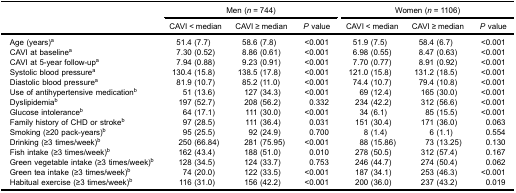
<table><thead><tr><td><b> </b></td><td colspan="3"><b>Men (<i>n</i> = 744)</b></td><td colspan="3"><b>Women (<i>n</i> = 1106)</b></td></tr><tr><td><b> </b></td><td><b>CAVI &lt; median</b></td><td><b>CAVI ≥ median</b></td><td><b><i>P</i> value</b></td><td><b>CAVI &lt; median</b></td><td><b>CAVI ≥ median</b></td><td><b><i>P</i> value</b></td></tr></thead><tbody><tr><td>Age (years)<sup>a</sup></td><td>51.4 (7.7)</td><td>58.6 (7.8)</td><td>&lt;0.001</td><td>51.9 (7.5)</td><td>58.4 (6.7)</td><td>&lt;0.001</td></tr><tr><td>CAVI at baseline<sup>a</sup></td><td>7.30 (0.52)</td><td>8.86 (0.61)</td><td>&lt;0.001</td><td>6.98 (0.55)</td><td>8.47 (0.63)</td><td>&lt;0.001</td></tr><tr><td>CAVI at 5-year follow-up<sup>a</sup></td><td>7.94 (0.88)</td><td>9.23 (0.91)</td><td>&lt;0.001</td><td>7.70 (0.77)</td><td>8.91 (0.92)</td><td>&lt;0.001</td></tr><tr><td>Systolic blood pressure<sup>a</sup></td><td>130.4 (15.8)</td><td>138.5 (17.8)</td><td>&lt;0.001</td><td>121.0 (15.8)</td><td>131.2 (18.5)</td><td>&lt;0.001</td></tr><tr><td>Diastolic blood pressure<sup>a</sup></td><td>81.9 (10.7)</td><td>85.2 (11.0)</td><td>&lt;0.001</td><td>74.4 (10.7)</td><td>79.4 (10.8)</td><td>&lt;0.001</td></tr><tr><td>Use of antihypertensive medication<sup>b</sup></td><td>51 (13.6)</td><td>127 (34.3)</td><td>&lt;0.001</td><td>69 (12.4)</td><td>165 (30.0)</td><td>&lt;0.001</td></tr><tr><td>Dyslipidemia<sup>b</sup></td><td>197 (52.7)</td><td>208 (56.2)</td><td>0.332</td><td>234 (42.2)</td><td>312 (56.6)</td><td>&lt;0.001</td></tr><tr><td>Glucose intolerance<sup>b</sup></td><td>64 (17.1)</td><td>111 (30.0)</td><td>&lt;0.001</td><td>34 (6.1)</td><td>85 (15.5)</td><td>&lt;0.001</td></tr><tr><td>Family history of CHD or stroke<sup>b</sup></td><td>97 (28.5)</td><td>111 (36.4)</td><td>0.031</td><td>151 (30.4)</td><td>171 (36.0)</td><td>0.063</td></tr><tr><td>Smoking (≥20 pack-years)<sup>b</sup></td><td>95 (25.5)</td><td>92 (24.9)</td><td>0.700</td><td>8 (1.4)</td><td>6 (1.1)</td><td>0.554</td></tr><tr><td>Drinking (≥3 times/week)<sup>b</sup></td><td>250 (66.84)</td><td>281 (75.95)</td><td>&lt;0.001</td><td>88 (15.86)</td><td>73 (13.25)</td><td>0.130</td></tr><tr><td>Fish intake (≥3 times/week)<sup>b</sup></td><td>162 (43.4)</td><td>188 (51.0)</td><td>0.010</td><td>278 (50.5)</td><td>312 (57.4)</td><td>0.167</td></tr><tr><td>Green vegetable intake (≥3 times/week)<sup>b</sup></td><td>128 (34.5)</td><td>124 (33.7)</td><td>0.753</td><td>246 (44.7)</td><td>274 (50.4)</td><td>0.062</td></tr><tr><td>Green tea intake (≥3 times/week)<sup>b</sup></td><td>74 (20.0)</td><td>122 (33.5)</td><td>&lt;0.001</td><td>187 (34.1)</td><td>253 (46.3)</td><td>&lt;0.001</td></tr><tr><td>Habitual exercise (≥3 times/week)<sup>b</sup></td><td>116 (31.0)</td><td>156 (42.2)</td><td>&lt;0.001</td><td>200 (36.0)</td><td>237 (43.2)</td><td>0.019</td></tr></tbody></table>